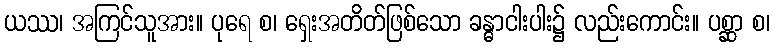
ယဿ၊ အကြင်သူအား။ ပုရေ စ၊ ရှေးအတိတ်ဖြစ်သော ခန္ဓာငါးပါး၌ လည်းကောင်း။ ပစ္ဆာ စ၊